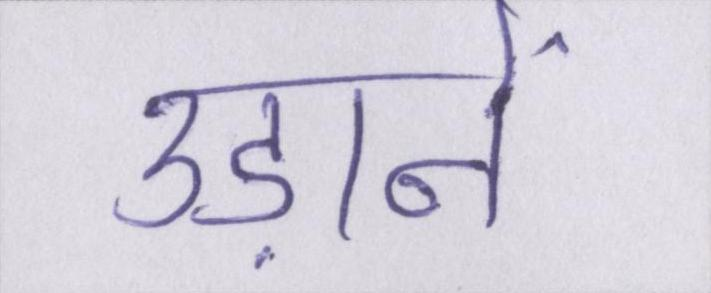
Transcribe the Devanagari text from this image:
उड़ानें